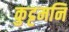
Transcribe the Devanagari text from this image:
कुट्टमनि